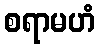
စရာမဟံ